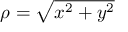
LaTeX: \textstyle \rho = { \sqrt { x ^ { 2 } + y ^ { 2 } } }